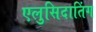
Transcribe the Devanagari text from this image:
एलुसिदातिंग